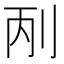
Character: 𠛥